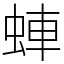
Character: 蛼